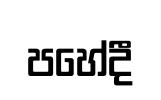
පහේදී